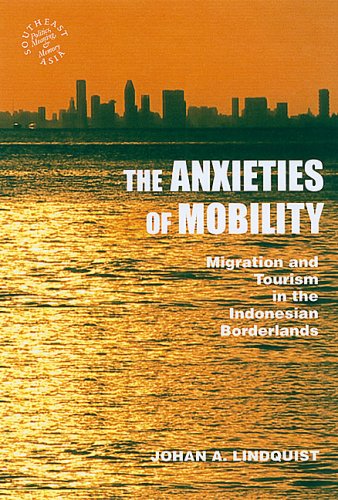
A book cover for The Anxieties of Mobility: Migration and Tourism in the Indonesian Borderlands (Southeast Asia: Politics, Meaning, and Memory); Johan A. Lindquist; Politics & Social Sciences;